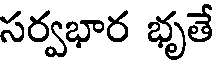
సర్వభార భృతే